Scottish Leaving Certificate Examination, 1955
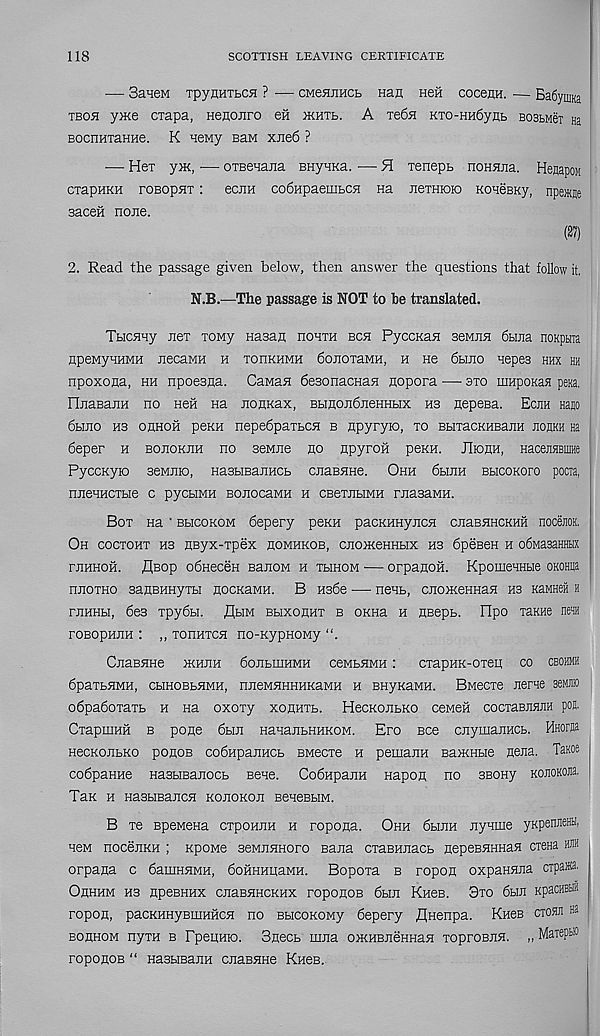
118
SCOTTISH LEAVING CERTIFICATE
■— 3aieM TpynHTbCH ? — CMenimcb nan hch cocenH. — Eadymia
tboh y>Ke ciapa, Henoiiro eii ikhtb. A Te6H KTO-HH6ynb BosLMex Ha
BocnuxaHne. K neMy Ban xiie6 ?
— Hex yiK, — oxsenana BHyHKa. — H xenepB noHHiia. HeHapoM
cxapHKH roBopirr: ecnn co6HpaembCH na iiexHioio KoieBKy, npe*®
saceH none.
(27)
2. Read the passage given below, then answer the questions that follow it.
N.B.—The passage is NOT to be translated.
Tbicuny nex xoMy Hasan hohxh bch PyccKan seMna 6buia noKptiTa
npewyHHMH necaMH h xohkhmh 6onoxaMH, h ne 6bmo nepes hhx hh
npoxona, hh npoe3na. CaMan besonacHan nopora -—• axo mnpoKaH pexa.
rijiaBanH no Hen na nonnax, BbinondjieHHbix hs nepeBa. Ecjih Haw
6bmo ns ohhoh peKH nepedpaxbCH b npyryio, xo BbixacKHBaiiH jioukh na
6eper h boiiokjih no senne no npyroii peKH. JIbduh, HacejiHEmne
PyccKyro seMiiio, HasbiBaiiHCb cnaBHHe. Ohh 6binH BbicoKoro pocia,
mienHCXbie c pycbiMH BonocaMH h CBexnbiMH rnasaMH.
Box Ha ' bhcokom 6epery peKH pacKHHyncH cnaBHHCKHH nocenoK.
Oh cocxohx hs neyx-xpex homhkob, cnoiKeHHbix H3 bpeseH h o6Ma3aHHHX
rnHHOH. flBop odneceH Banow h xbihom — orpanoii. KpomeHHbie OKOHija
nnoxHO sanBHHyxbi nocKaMH. B Hs6e — nenb, cnoiKeHHaH hs KaMHeii h
riiHHbi, 6es xpydbi. flbiM BbixonHx b OKHa h HBepb. Hpo xaKHe nenn
roBopHUH : ,, xonnxcsi no-KypnoMy
CnaBHHe ikhjih donbiiiHMH ceMbHMH: cxapHK-oxeu co cbohmh
6paxbHMH, cbiHOBbHMH, niieMHHHHKaMH h BHyKaMH. BMecxe jierne sen®
o6pa6oxaxb h Ha oxoxy xonnTb. HecKoiibKo ceweH cocxaBJiHJiH poj.
CxapniHH b pone 6bm HananbHHKOM. Ero Bee cnymajiHCb. HHoraa
HecKoiibKo ponoB oodHpaiiHCb BMecxe h pemann BaiKHbie nena. TaKoe
cobpaHHe HasbiBanocb Bene. CodHpaiiH napon no SBony KcmoKOJia.
Tax h HasbiBancH kojiokoji BeneBbiM.
B xe BpeMena cxponiiH h ropona. Ohh 6hjih nynme yKpenJieffi,
H6M noceuKH ; Kpone seMUHHoro sana cxaBHiiacb nepeBHHHaa CTena mb
orpana c baiiiHHMH, 6oHHHiiaMH. Bopoxa b ropon oxpaHHna crpasa.
OnHHM H3 npBBHHX CJiaBHHCKHX TOponOB 6bUI KH6B. 0X0 6bIJI KpaCHBHH
ropon, pacKHHyBiHHHCH no BbicoKOMy 6epery flnenpa. Kh6b ctohji na
bohhom nyra b PpeiiHio. 3necb mna oiKHBJieHHaH xoproBJin. „ MaieptB
roponoB “ HasbiBanH cnasHHe KneB.